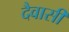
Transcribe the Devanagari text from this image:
दैवासी